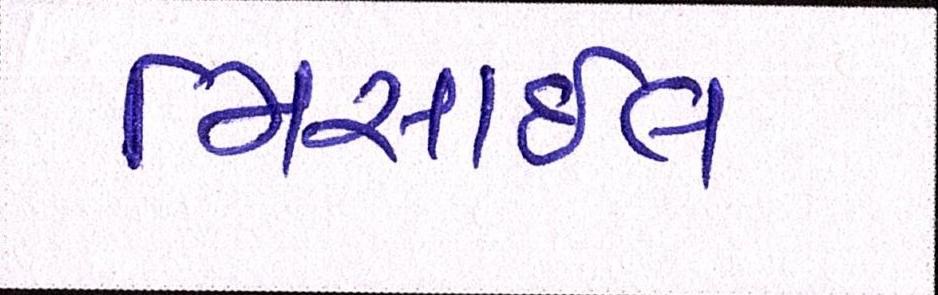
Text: મિસાઇલ